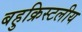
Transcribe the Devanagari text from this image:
बहुक्रिस्टलीय